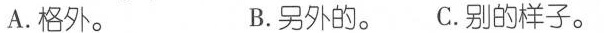
A.格外。 B.另外的。 C.别的样子。